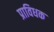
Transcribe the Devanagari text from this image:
प्राविधक